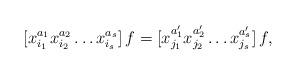
LaTeX: \begin{align*}[x_{i_1}^{a_1}x_{i_2}^{a_2}\dots x_{i_s}^{a_s}]\,f=[x_{j_1}^{a'_1}x_{j_2}^{a'_2}\dots x_{j_s}^{a'_s}]\,f,\end{align*}